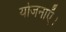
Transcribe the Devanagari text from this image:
योजनाएँ।